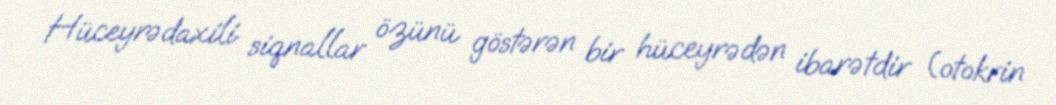
Hüceyrədaxili siqnallar özünü göstərən bir hüceyrədən ibarətdir (otokrin